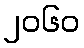
၂၀၆၀